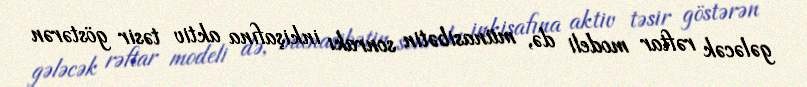
gələcək rəftar modeli də, münasibətin sonrakı inkişafına aktiv təsir göstərən